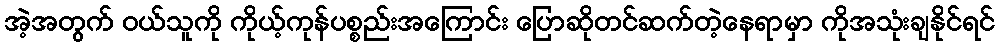
အဲ့အတွက် ၀ယ်သူကို ကိုယ့်ကုန်ပစ္စည်းအကြောင်း ပြောဆိုတင်ဆက်တဲ့နေရာမှာ ကိုအသုံးချနိုင်ရင်